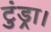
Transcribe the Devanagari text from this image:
टुंड्रा।